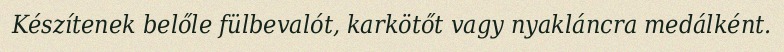
Készítenek belőle fülbevalót, karkötőt vagy nyakláncra medálként.